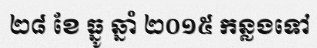
២៨ ខែ ធ្នូ ឆ្នាំ ២០១៥ កន្លងទៅ